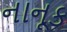
નાનૂક